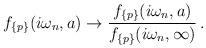
LaTeX: \begin{align*}f_{\{p\}}(i\omega_n,a) \to \frac{f_{\{p\}}(i\omega_n,a)}{f_{\{p\}}(i\omega_n,\infty )}\,{.}\end{align*}